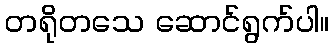
တရိုတသေ ဆောင်ရွက်ပါ။